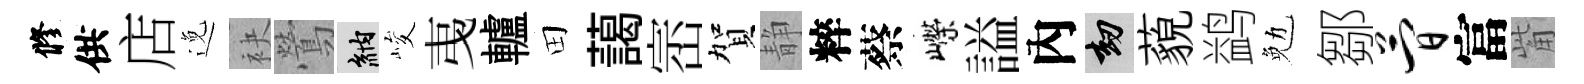
修供店𨓜袂鶯納峻𢎯轤田藹崈賀静粹蔡嶸謚內劫藐鹢勉鄒简富觜